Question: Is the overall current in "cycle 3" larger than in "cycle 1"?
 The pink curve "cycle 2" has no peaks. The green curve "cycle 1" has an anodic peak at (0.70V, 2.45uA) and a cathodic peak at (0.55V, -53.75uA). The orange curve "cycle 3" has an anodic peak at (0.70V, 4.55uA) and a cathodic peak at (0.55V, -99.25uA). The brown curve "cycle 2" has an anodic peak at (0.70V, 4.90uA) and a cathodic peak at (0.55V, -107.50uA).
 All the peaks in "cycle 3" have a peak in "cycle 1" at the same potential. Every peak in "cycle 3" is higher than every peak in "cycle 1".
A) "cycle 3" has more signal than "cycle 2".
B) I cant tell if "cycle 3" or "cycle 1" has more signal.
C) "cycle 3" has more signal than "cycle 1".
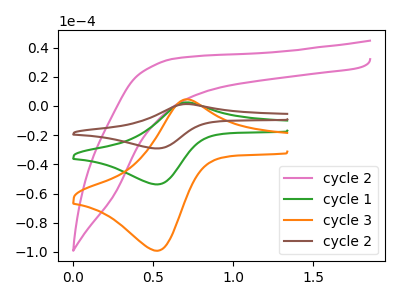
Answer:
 <answer>C) "cycle 3" has more signal than "cycle 1".</answer>
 <eval>C</eval>